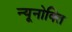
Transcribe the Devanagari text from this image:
न्यूनोक्‍ति